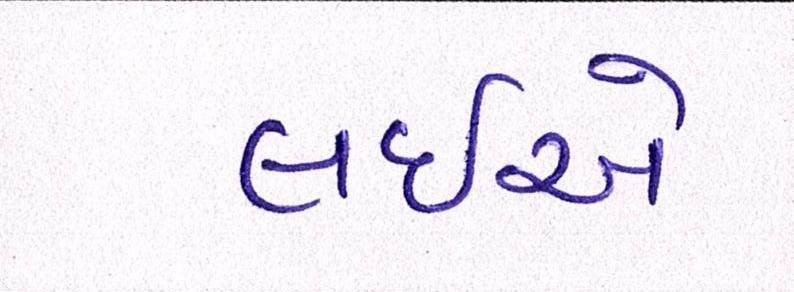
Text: લઇએ